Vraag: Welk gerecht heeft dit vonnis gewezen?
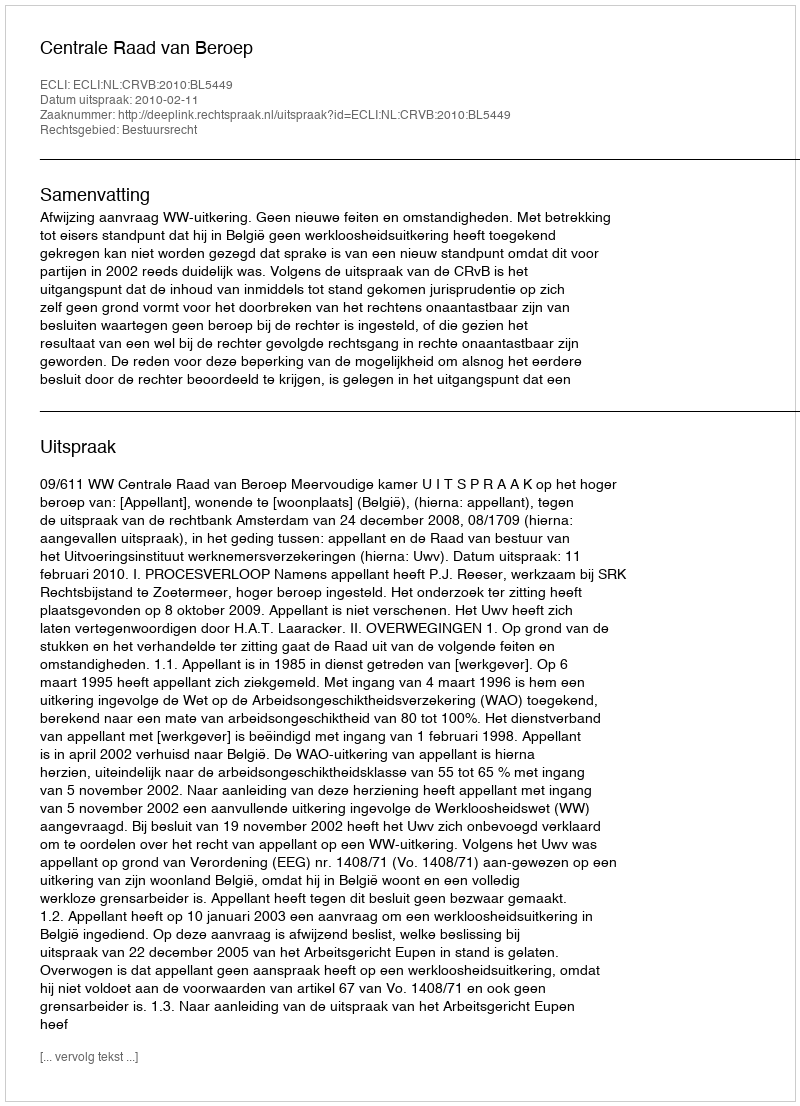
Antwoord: Centrale Raad van Beroep